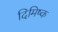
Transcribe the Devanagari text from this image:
दिमिष्क